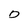
Character: D